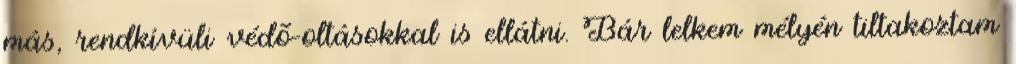
más, rendkívüli védõ-oltásokkal is ellátni. Bár lelkem mélyén tiltakoztam